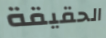
الحقيقة